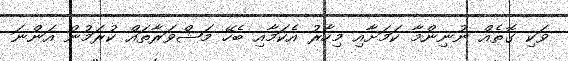
ވަކި ގޮތެއް ނުނިންމާ ކަމަށާއި މިހާރު އެކަމާއި ބެހޭ މަޝްވަރާތައް ކުރަމުން އަންނަ